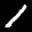
Label: 1